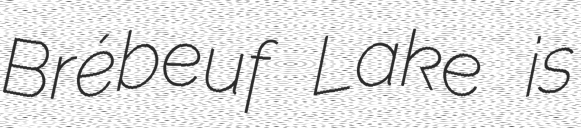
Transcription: Brébeuf Lake is